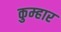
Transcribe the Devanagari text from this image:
कुम्‍हार